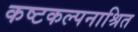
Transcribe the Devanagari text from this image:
कष्टकल्पनाश्रित